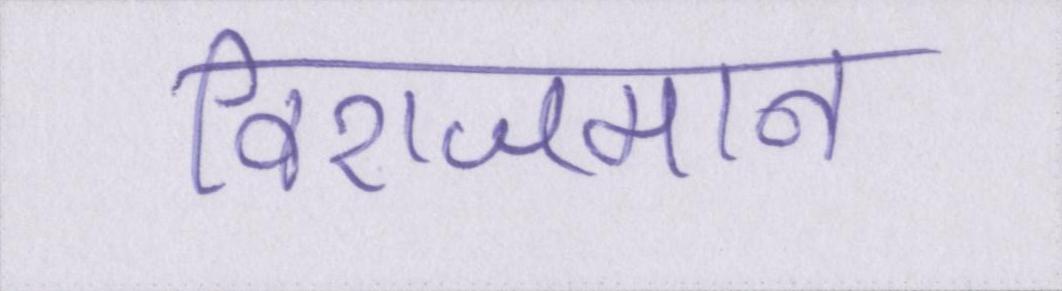
विराजमान